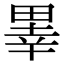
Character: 𤲜